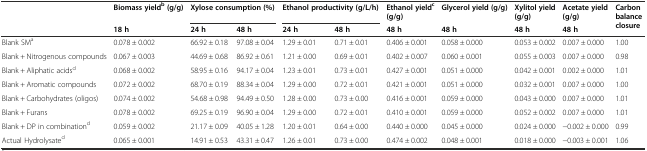
<table><thead><tr><td rowspan="2"></td><td><b>Biomass yield<sup>b</sup>(g/g)</b></td><td colspan="2"><b>Xylose consumption (%)</b></td><td colspan="2"><b>Ethanol productivity (g/L/h)</b></td><td><b>Ethanol yield<sup>c</sup>(g/g)</b></td><td><b>Glycerol yield (g/g)</b></td><td><b>Xylitol yield (g/g)</b></td><td><b>Acetate yield (g/g)</b></td><td rowspan="2"><b>Carbon balance closure</b></td></tr><tr><td><b>18 h</b></td><td><b>24 h</b></td><td><b>48 h</b></td><td><b>24 h</b></td><td><b>48 h</b></td><td><b>48 h</b></td><td><b>48 h</b></td><td><b>48 h</b></td><td><b>48 h</b></td></tr></thead><tbody><tr><td>Blank SM<sup>a</sup></td><td>0.078 ± 0.002</td><td>66.92 ± 0.18</td><td>97.08 ± 0.04</td><td>1.29 ± 0.01</td><td>0.71 ± 0.01</td><td>0.406 ± 0.001</td><td>0.058 ± 0.000</td><td>0.053 ± 0.002</td><td>0.007 ± 0.000</td><td>1.00</td></tr><tr><td>Blank + Nitrogenous compounds</td><td>0.067 ± 0.003</td><td>44.69 ± 0.68</td><td>86.92 ± 0.61</td><td>1.21 ± 0.00</td><td>0.69 ± 0.01</td><td>0.402 ± 0.007</td><td>0.060 ± 0.001</td><td>0.055 ± 0.003</td><td>0.007 ± 0.000</td><td>0.98</td></tr><tr><td>Blank + Aliphatic acids<sup>d</sup></td><td>0.068 ± 0.002</td><td>58.95 ± 0.16</td><td>94.17 ± 0.04</td><td>1.23 ± 0.01</td><td>0.73 ± 0.01</td><td>0.427 ± 0.001</td><td>0.051 ± 0.000</td><td>0.042 ± 0.001</td><td>0.002 ± 0.000</td><td>1.01</td></tr><tr><td>Blank + Aromatic compounds</td><td>0.072 ± 0.002</td><td>68.70 ± 0.19</td><td>88.34 ± 0.04</td><td>1.29 ± 0.00</td><td>0.72 ± 0.01</td><td>0.421 ± 0.001</td><td>0.051 ± 0.000</td><td>0.032 ± 0.001</td><td>0.007 ± 0.000</td><td>1.00</td></tr><tr><td>Blank + Carbohydrates (oligos)</td><td>0.074 ± 0.002</td><td>54.68 ± 0.98</td><td>94.49 ± 0.50</td><td>1.28 ± 0.00</td><td>0.73 ± 0.00</td><td>0.416 ± 0.001</td><td>0.059 ± 0.000</td><td>0.043 ± 0.000</td><td>0.007 ± 0.000</td><td>1.01</td></tr><tr><td>Blank + Furans</td><td>0.078 ± 0.002</td><td>69.25 ± 0.19</td><td>96.90 ± 0.04</td><td>1.29 ± 0.00</td><td>0.72 ± 0.01</td><td>0.410 ± 0.001</td><td>0.059 ± 0.000</td><td>0.052 ± 0.002</td><td>0.007 ± 0.000</td><td>1.01</td></tr><tr><td>Blank + DP in combination<sup>d</sup></td><td>0.059 ± 0.002</td><td>21.17 ± 0.09</td><td>40.05 ± 1.28</td><td>1.20 ± 0.01</td><td>0.64 ± 0.00</td><td>0.440 ± 0.000</td><td>0.045 ± 0.000</td><td>0.024 ± 0.000</td><td>−0.002 ± 0.000</td><td>0.99</td></tr><tr><td>Actual Hydrolysate<sup>d</sup></td><td>0.065 ± 0.001</td><td>14.91 ± 0.53</td><td>43.31 ± 0.47</td><td>1.26 ± 0.01</td><td>0.73 ± 0.00</td><td>0.474 ± 0.002</td><td>0.048 ± 0.001</td><td>0.018 ± 0.000</td><td>−0.003 ± 0.001</td><td>1.06</td></tr></tbody></table>